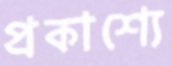
প্রকাশ্যে